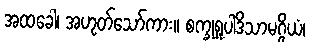
အထခေါ၊ အဟုတ်သော်ကား။ စက္ခုရူပါဒိသာမဂ္ဂိယံ၊